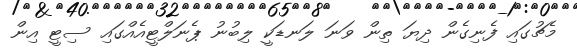
މެޗުގައި ފެނިގެން ދިޔަ ތިން ވަނަ ލަނޑަކީ ލިބުނު ޕެނަލްޓީއެއްގައި ސިޓީ އިން